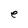
Character: e